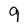
Character: 9